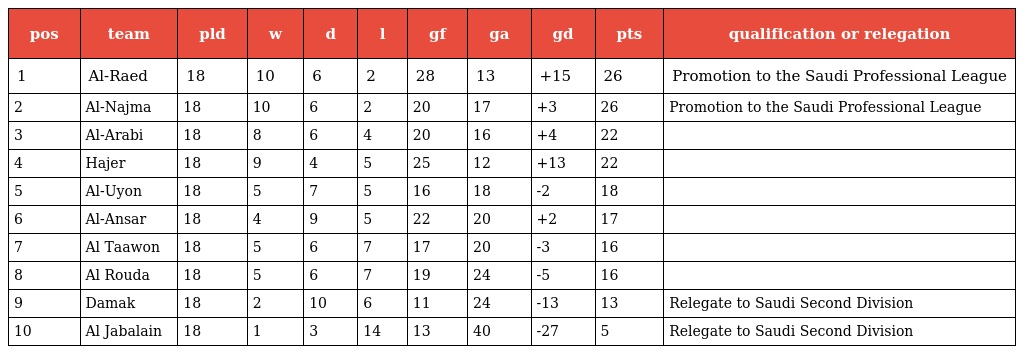
| pos | team | pld | w | d | l | gf | ga | gd | pts | qualification or relegation |
 | --- | --- | --- | --- | --- | --- | --- | --- | --- | --- | --- |
 | 1 | Al-Raed | 18 | 10 | 6 | 2 | 28 | 13 | +15 | 26 | Promotion to the Saudi Professional League |
 | 2 | Al-Najma | 18 | 10 | 6 | 2 | 20 | 17 | +3 | 26 | Promotion to the Saudi Professional League |
 | 3 | Al-Arabi | 18 | 8 | 6 | 4 | 20 | 16 | +4 | 22 |  |
 | 4 | Hajer | 18 | 9 | 4 | 5 | 25 | 12 | +13 | 22 |  |
 | 5 | Al-Uyon | 18 | 5 | 7 | 5 | 16 | 18 | -2 | 18 |  |
 | 6 | Al-Ansar | 18 | 4 | 9 | 5 | 22 | 20 | +2 | 17 |  |
 | 7 | Al Taawon | 18 | 5 | 6 | 7 | 17 | 20 | -3 | 16 |  |
 | 8 | Al Rouda | 18 | 5 | 6 | 7 | 19 | 24 | -5 | 16 |  |
 | 9 | Damak | 18 | 2 | 10 | 6 | 11 | 24 | -13 | 13 | Relegate to Saudi Second Division |
 | 10 | Al Jabalain | 18 | 1 | 3 | 14 | 13 | 40 | -27 | 5 | Relegate to Saudi Second Division |